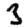
Digit: 3